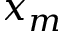
x _ { m }